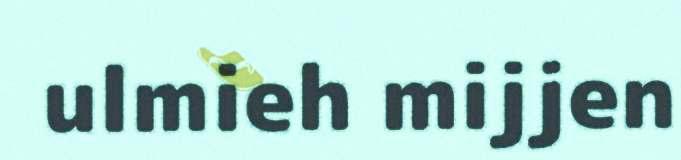
ulmieh mijjen